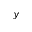
y